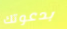
بدعوتك